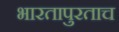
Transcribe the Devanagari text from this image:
भारतापुरताच